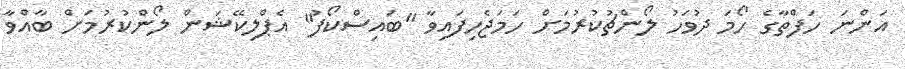
އަންނަ ހަފްތާގެ ހޯމަ ދުވަހު ލޯންޗުކުރުމަށް ހަމަޖެހިފައިވާ "ބައިސްކޯފު" އެޕްލިކޭޝަން ލޯންކުރުމަށް ބާއްވާ